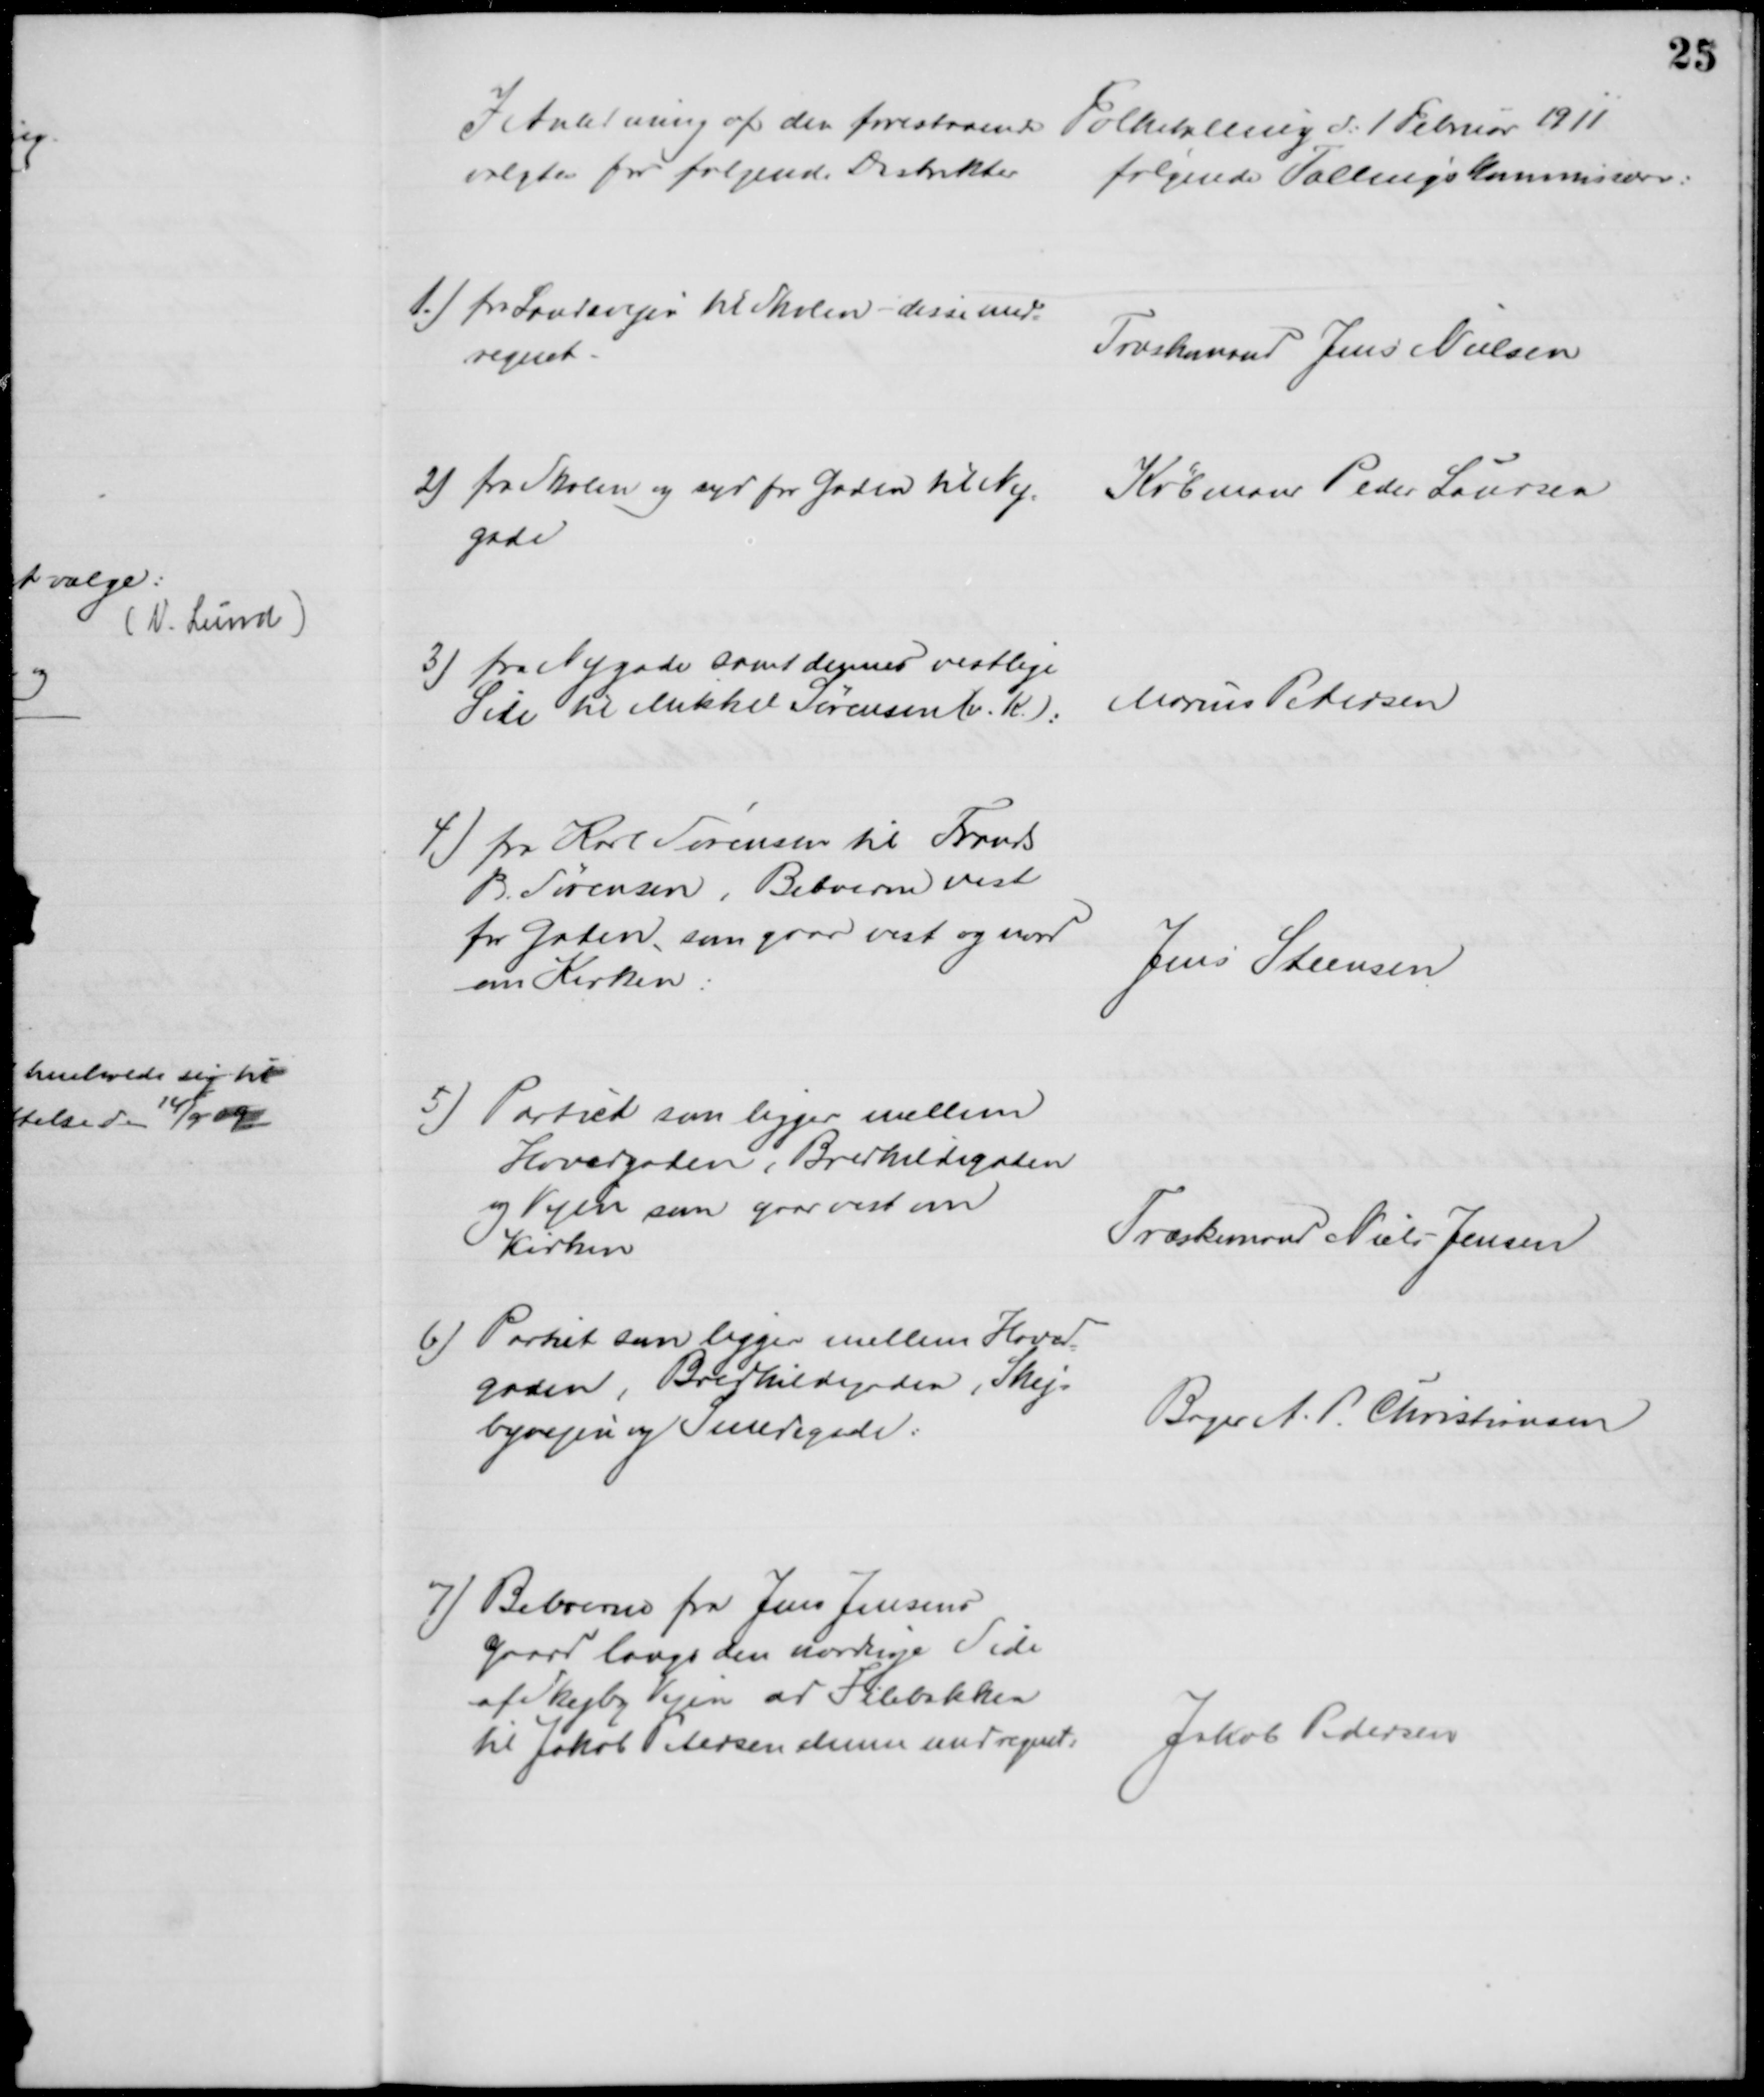
Transskription:
I Anledning af den forestaaende Folketælling d. 1 Februar 1911 
valgtes for følgende Distrikter
følgende Tællingskommissærer:
1.) fra Landevejen til Skolen - disse med-
regnet.
Træskomand Jens Nielsen
2) fra Skolen og syd for Gaden til Ny
=
gade
Købmand Peder Laursen
3) fra Nygade samt dennes vestlige
Side til Mikkel Sørensen (v. K.):
Marius Petersen
4) fra Karl Sørensen til Frands
B. Sørensen, Beboerne vest
for Gaden, som gaar vest og nord
om Kirken:
Jens Steensen
5) Partiet som ligger mellem
Hovedgaden, Bredkildegaden
og Vejen som gaar vest om
Kirken
Træskomand Niels Jensen
6) Partiet som ligger mellem Hoved
=
gaden, Bredkildegaden, Skej=
byvejen og Smedegade:
Bager A. P. Christiansen
7) Beboerne fra Jens Jensens
Gaard langs den nordlige Side
af Skejby Vejen ad Filebakken
til Jakob Petersen denne medregnet:
Jakob Pedersen